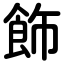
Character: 飾